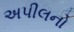
અપીલનો